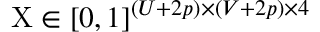
\mathrm { X } \in [ 0 , 1 ] ^ { ( U + 2 p ) \times ( V + 2 p ) \times 4 }